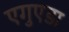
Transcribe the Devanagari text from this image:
एगुएडा